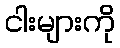
ငါးများကို